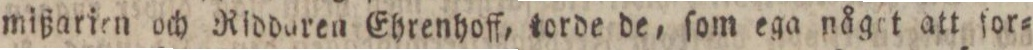
mißarien och Riddaren Ehrenhoff, torde de, ſom ega någet att for=